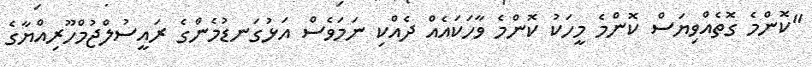
"ކޮންމެ ގޮތެއްވިޔަސް ކޮންމެ މީހަކު ކޮންމެ ވާހަކައެއް ދެއްކި ނަމަވެސް އަޅުގަނޑުމެންގެ ރައީސުލްޖުމްހޫރިއްޔާގެ